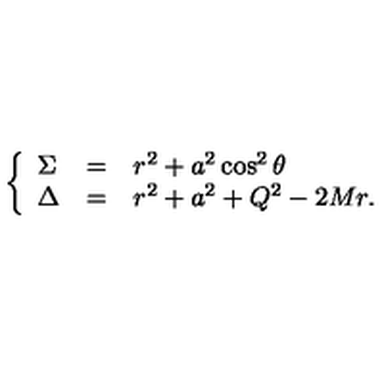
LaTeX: \left\{ \begin{array} { l c l } { \Sigma } & { = } & { r ^ { 2 } + a ^ { 2 } \cos ^ { 2 } \theta } \\ { \Delta } & { = } & { r ^ { 2 } + a ^ { 2 } + Q ^ { 2 } - 2 M r . } \\ \end{array} \right.